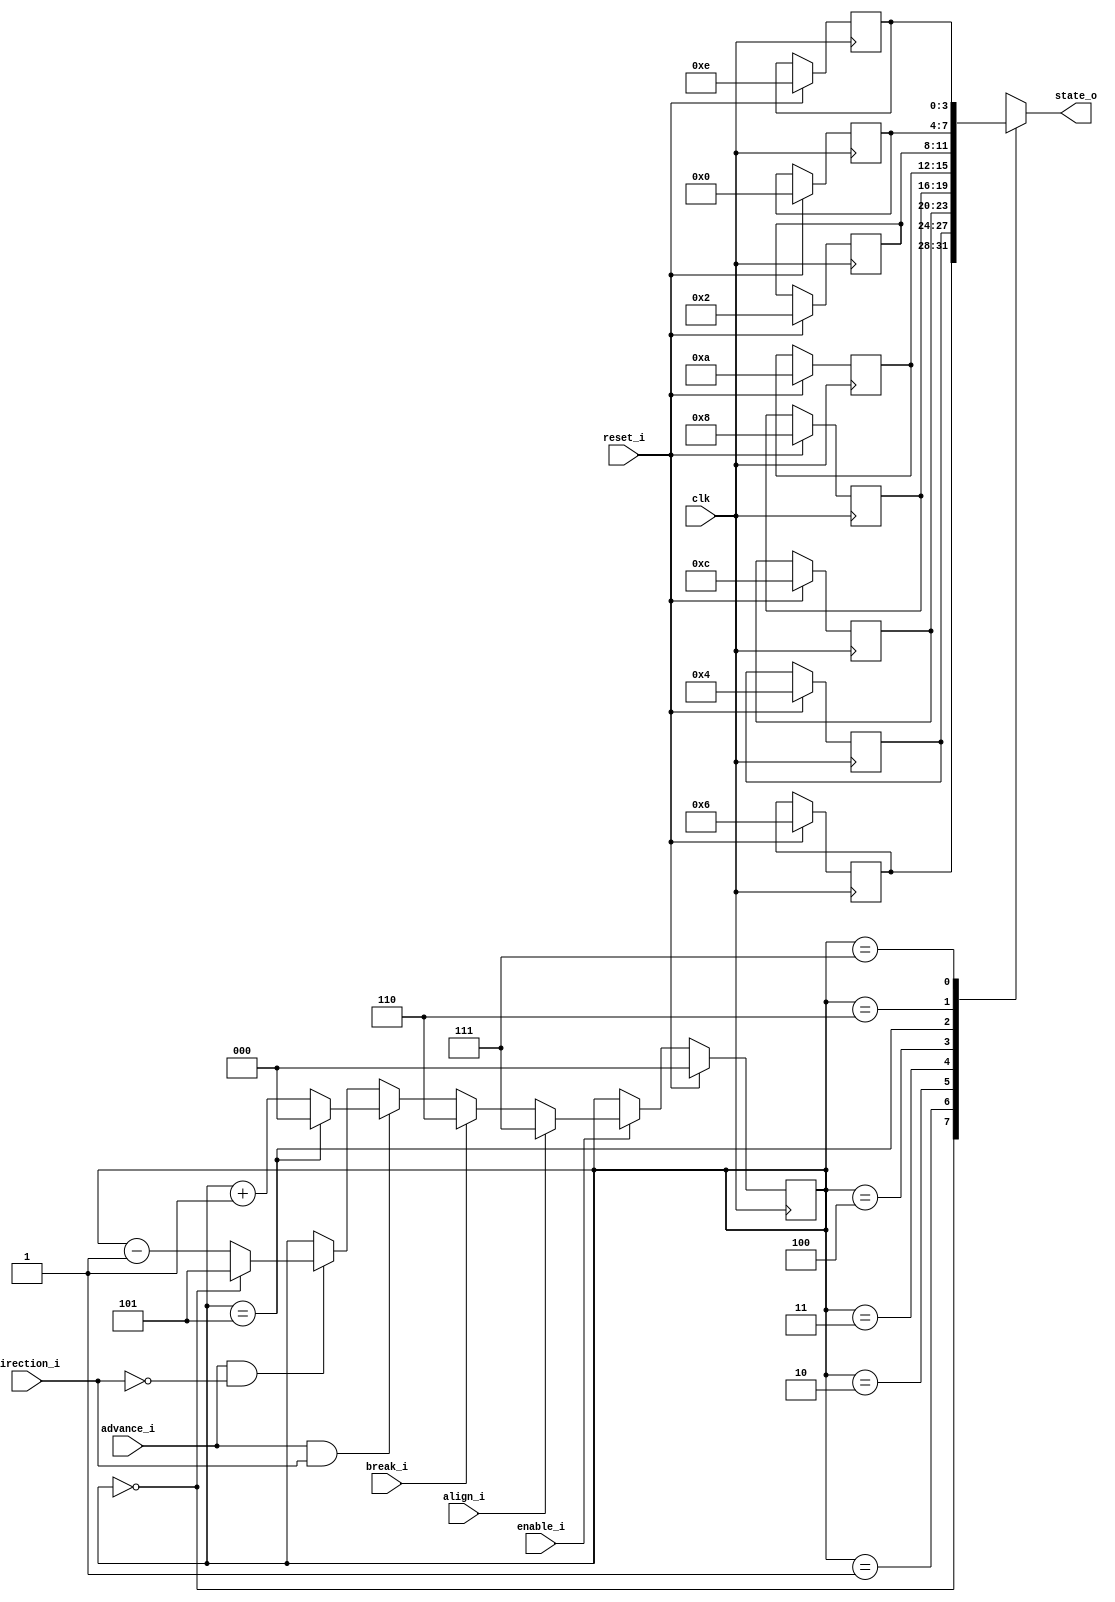
module commutation(
  clk,
  enable_i,
  reset_i,
  advance_i,
  direction_i,
  break_i,
  align_i, 
  state_o
);

input wire clk, enable_i, reset_i, advance_i, direction_i, break_i, align_i;
reg[2:0] state_number;
output wire[3:0] state_o;

reg[3:0] state_table[7:0];


always @(posedge clk) begin
  if (reset_i) begin
    state_number <= 0;
    state_table[0] <= 4'b0110;
    state_table[1] <= 4'b0100;
    state_table[2] <= 4'b1100;
    state_table[3] <= 4'b1000;
    state_table[4] <= 4'b1010;
    state_table[5] <= 4'b0010;
    state_table[6] <= 4'b0000;
    state_table[7] <= 4'b1110;
  end else if(enable_i) begin
    if(advance_i && direction_i) begin
      if(state_number == 5) begin
        state_number <= 0;
      end else begin
        state_number <= state_number + 1;
      end
    end else if (advance_i && !direction_i) begin
      if(state_number == 0) begin
        state_number <= 5;
      end else begin
        state_number <= state_number - 1;
      end
    end else begin
      state_number <= state_number;
    end
    if(break_i) begin
      state_number <= 6;
    end
    if(align_i) begin
      state_number <= 7;
    end
  end
end

assign state_o = state_table[state_number];

endmodule